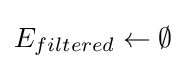
E_{filtered}\gets \emptyset